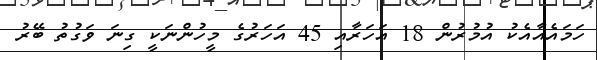
ހަމައެއާއެކު އުމުރުން 18 އަހަރާއި 45 އަހަރުގެ މީހުންނަކީ ގިނަ ވަގުތު ބޭރު